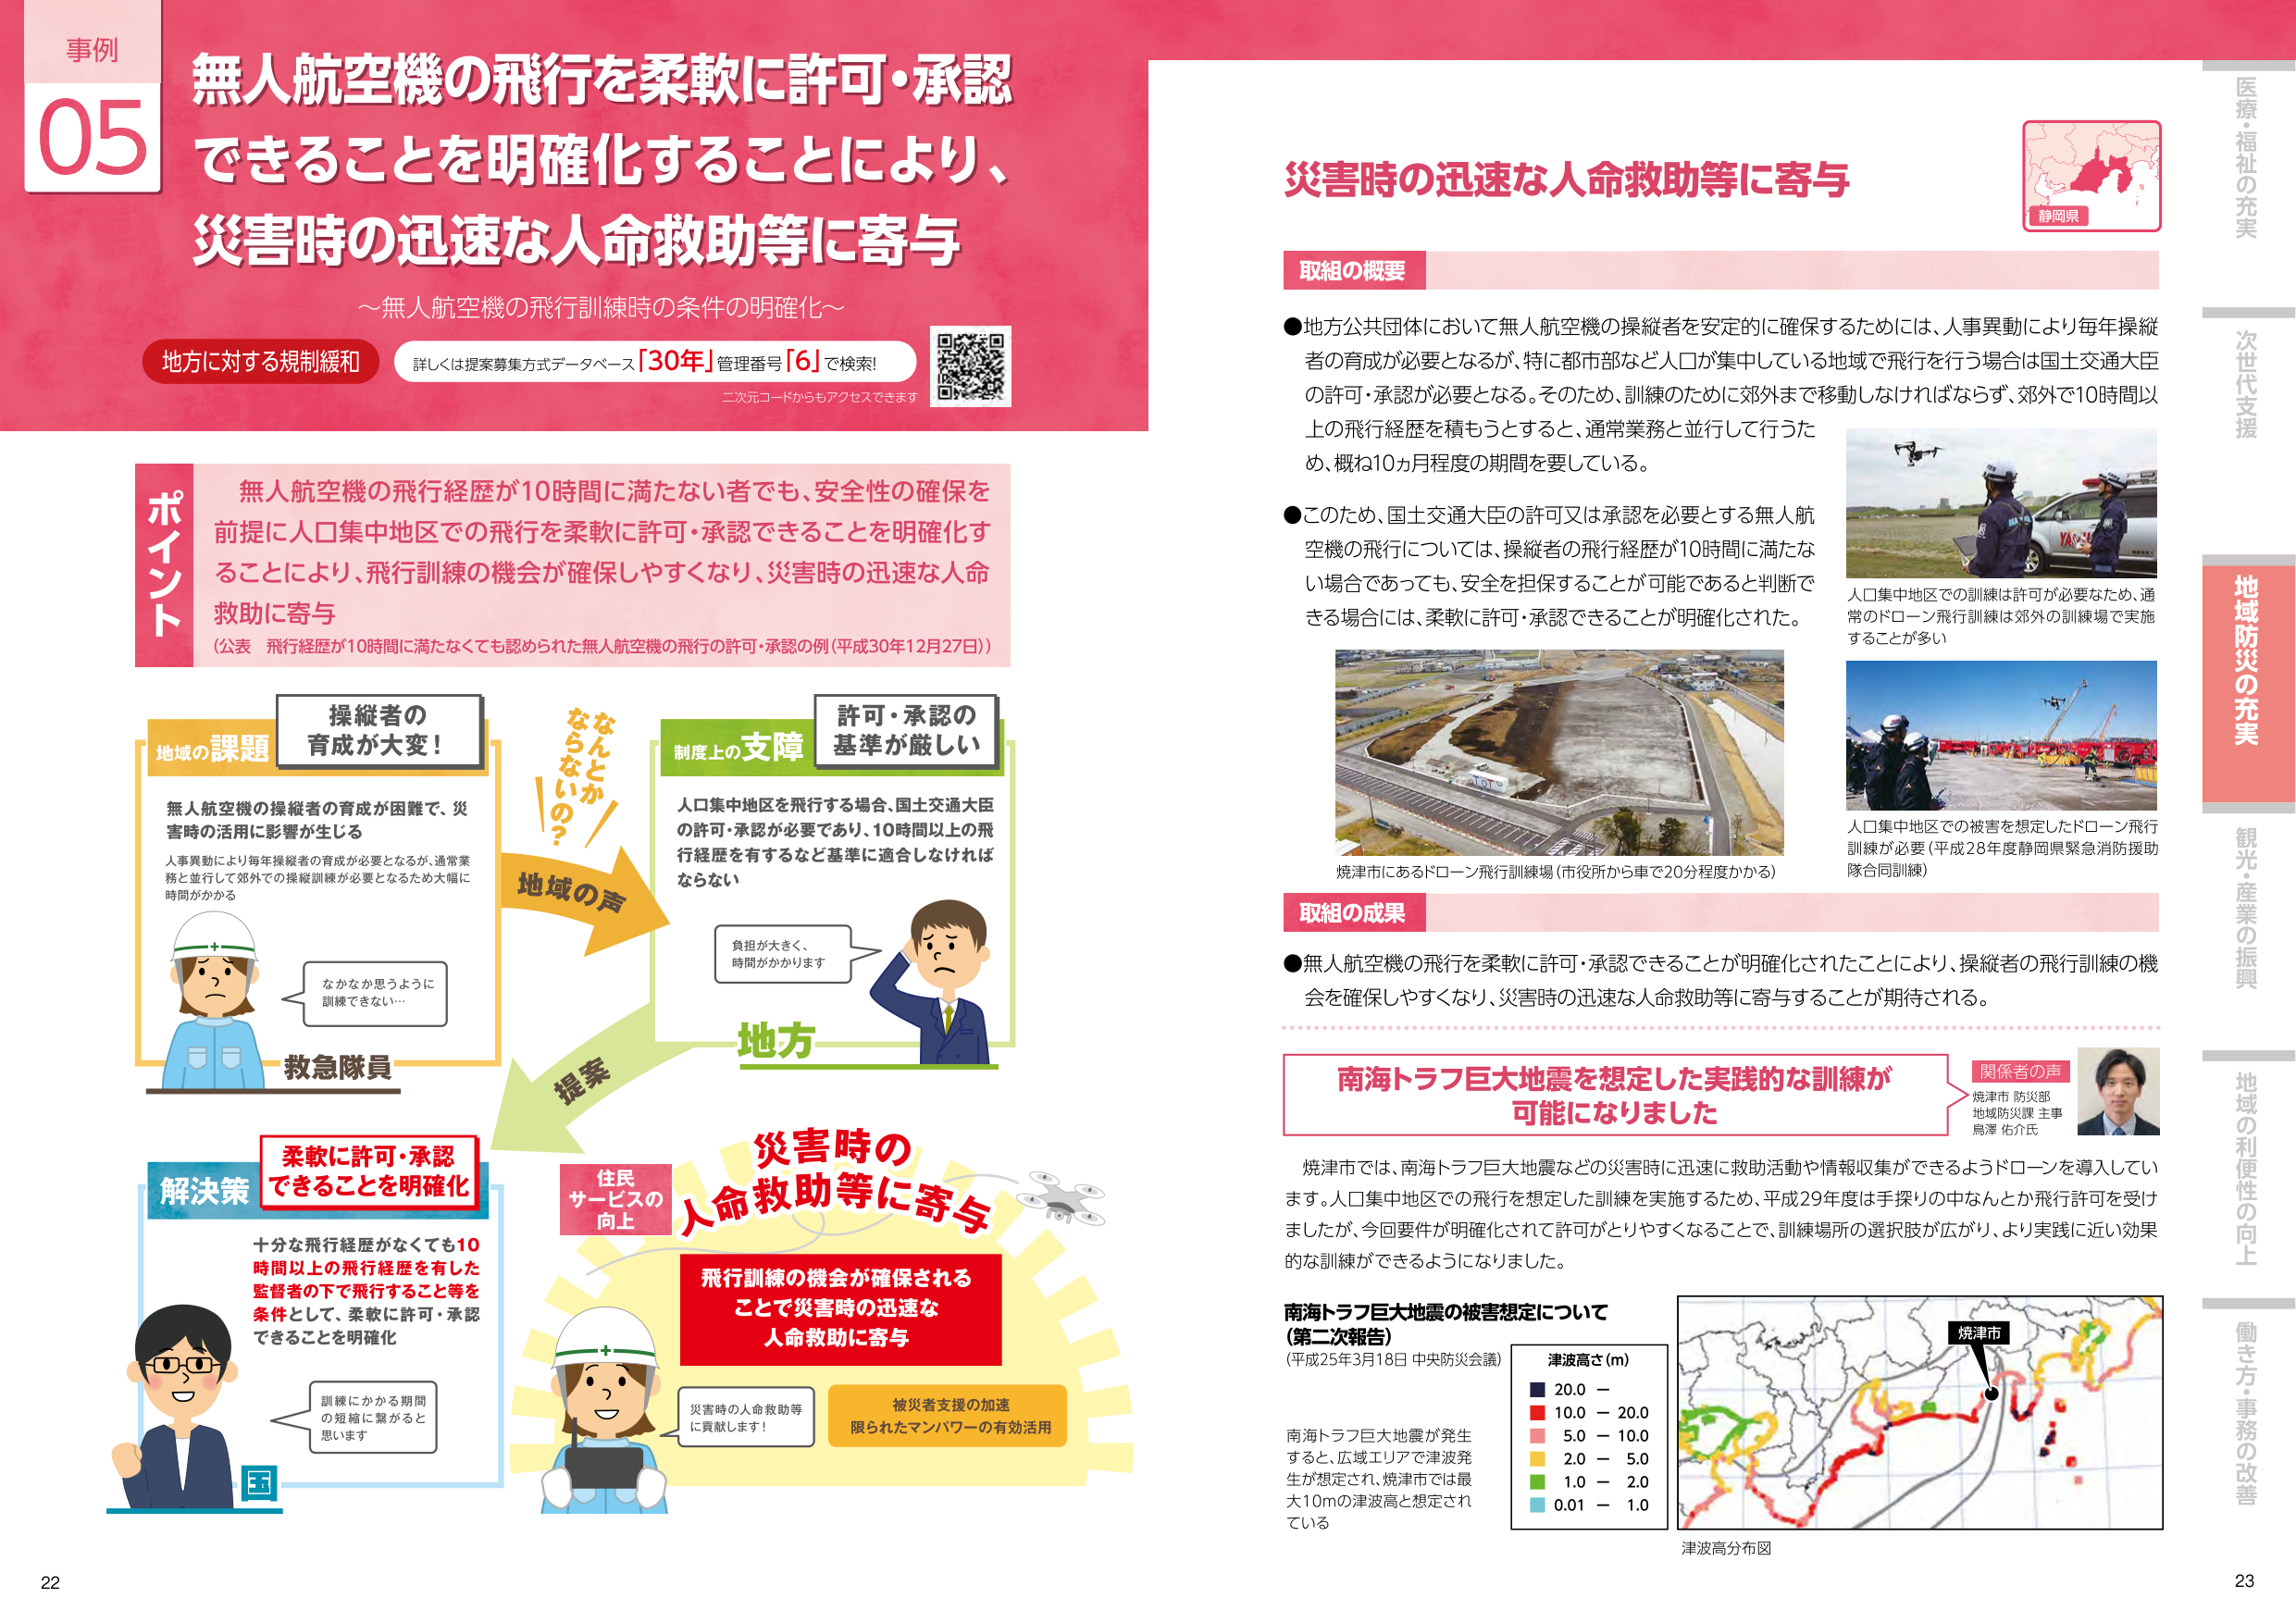
事例
05
無人航空機の飛行を柔軟に許可・承認
できることを明確化することにより、
災害時の迅速な人命救助等に寄与
～無人航空機の飛行訓練時の条件の明確化～
地方に対する規制緩和
詳しくは提案募集方式データベース「30年」管理番号「6」で検索!
二次元コードからもアクセスできます

ポイント
無人航空機の飛行経歴が10時間に満たない者でも、安全性の確保を
前提に人口集中地区での飛行を柔軟に許可・承認できることを明確化す
ることにより、飛行訓練の機会が確保しやすくなり、災害時の迅速な人命
救助に寄与
（公表 飛行経歴が10時間に満たなくても認められた無人航空機の飛行の許可・承認の例（平成30年12月27日））

地域の課題
操縦者の
育成が大変！
無人航空機の操縦者の育成が困難で、災
害時の活用に影響が生じる
人事異動により毎年操縦者の育成が必要となるが、通常業
務と並行して郊外での操縦訓練が必要となるため大幅に
時間がかかる
救急隊員
なかなか思うように
訓練できない…

地域の声
なんとか
ならないの？

制度上の支障
許可・承認の
基準が厳しい
人口集中地区を飛行する場合、国土交通大臣
の許可・承認が必要であり、10時間以上の飛
行経歴を有するなど基準に適合しなければ
ならない
地方
負担が大きく、
時間がかかります

提案

解決策
柔軟に許可・承認
できることを明確化
十分な飛行経歴がなくても10
時間以上の飛行経歴を有した
監督者の下で飛行すること等を
条件として、柔軟に許可・承認
できることを明確化
国
訓練にかかる期間
の短縮に繋がると
思います

災害時の
人命救助等に寄与
住民
サービスの
向上
飛行訓練の機会が確保される
ことで災害時の迅速な
人命救助に寄与
災害時の人命救助等
に貢献します！
被災者支援の加速
限られたマンパワーの有効活用

災害時の迅速な人命救助等に寄与
取組の概要
●地方公共団体において無人航空機の操縦者を安定的に確保するためには、人事異動により毎年操縦
者の育成が必要となるが、特に都市部など人口が集中している地域で飛行を行う場合は国土交通大臣
の許可・承認が必要となる。そのため、訓練のために郊外まで移動しなければならず、郊外で10時間以
上の飛行経歴を積もうとすると、通常業務と並行して行うた
め、概ね10ヵ月程度の期間を要している。
●このため、国土交通大臣の許可又は承認を必要とする無人航
空機の飛行については、操縦者の飛行経歴が10時間に満たな
い場合であっても、安全を担保することが可能であると判断で
きる場合には、柔軟に許可・承認できることが明確化された。
人口集中地区での訓練は許可が必要なため、通
常のドローン飛行訓練は郊外の訓練場で実施
することが多い
焼津市にあるドローン飛行訓練場（市役所から車で20分程度かかる）
人口集中地区での被害を想定したドローン飛行
訓練が必要（平成28年度静岡県緊急消防援助
隊合同訓練）

取組の成果
●無人航空機の飛行を柔軟に許可・承認できることが明確化されたことにより、操縦者の飛行訓練の機
会を確保しやすくなり、災害時の迅速な人命救助等に寄与することが期待される。

南海トラフ巨大地震を想定した実践的な訓練が
可能になりました
関係者の声
焼津市 防災部
地域防災課 主事
鳥澤 佑介氏
焼津市では、南海トラフ巨大地震などの災害時に迅速に救助活動や情報収集ができるようドローンを導入してい
ます。人口集中地区での飛行を想定した訓練を実施するため、平成29年度は手探りの中なんとか飛行許可を受け
ましたが、今回要件が明確化されて許可がとりやすくなることで、訓練場所の選択肢が広がり、より実践に近い効果
的な訓練ができるようになりました。

南海トラフ巨大地震の被害想定について
（第二次報告）
（平成25年3月18日 中央防災会議）
津波高さ（m）
■ 20.0 －
■ 10.0 － 20.0
■ 5.0 － 10.0
■ 2.0 － 5.0
■ 1.0 － 2.0
■ 0.01 － 1.0
南海トラフ巨大地震が発生
すると、広域エリアで津波発
生が想定され、焼津市では最
大10mの津波高と想定され
ている
焼津市
津波高分布図

静岡県
医療・福祉の充実
次世代支援
地域防災の充実
観光・産業の振興
地域の利便性の向上
働き方・事務の改善
22
23